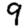
Digit: 9